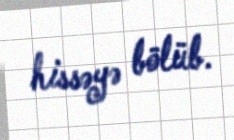
hissəyə bölüb.